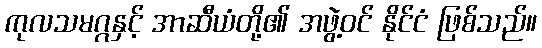
ကုလသမဂ္ဂနှင့် အာဆီယံတို့၏ အဖွဲ့ဝင် နိုင်ငံ ဖြစ်သည်။